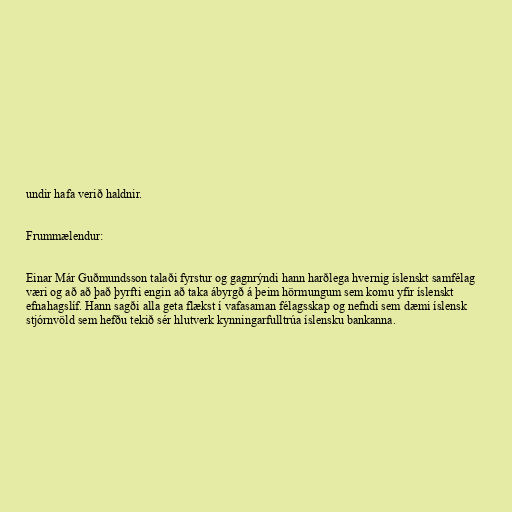
undir hafa verið haldnir.

Frummælendur:

Einar Már Guðmundsson talaði fyrstur og gagnrýndi hann harðlega hvernig íslenskt samfélag
væri og að að það þyrfti engin að taka ábyrgð á þeim hörmungum sem komu yfir íslenskt
efnahagslíf. Hann sagði alla geta flækst í vafasaman félagsskap og nefndi sem dæmi íslensk
stjórnvöld sem hefðu tekið sér hlutverk kynningarfulltrúa íslensku bankanna.